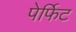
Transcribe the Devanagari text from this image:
पेर्फिट